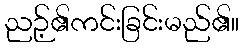
ညဉ့်၏ကင်းခြင်းမည်၏။